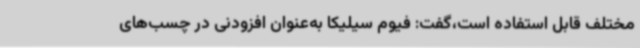
مختلف قابل استفاده است،گفت: فیوم سیلیکا به‌عنوان افزودنی در چسب‌های